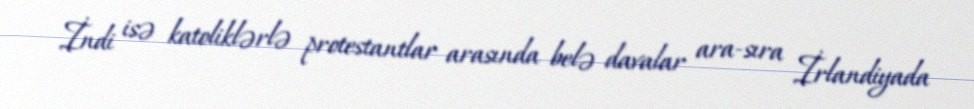
İndi isə katoliklərlə protestantlar arasında belə davalar ara-sıra İrlandiyada